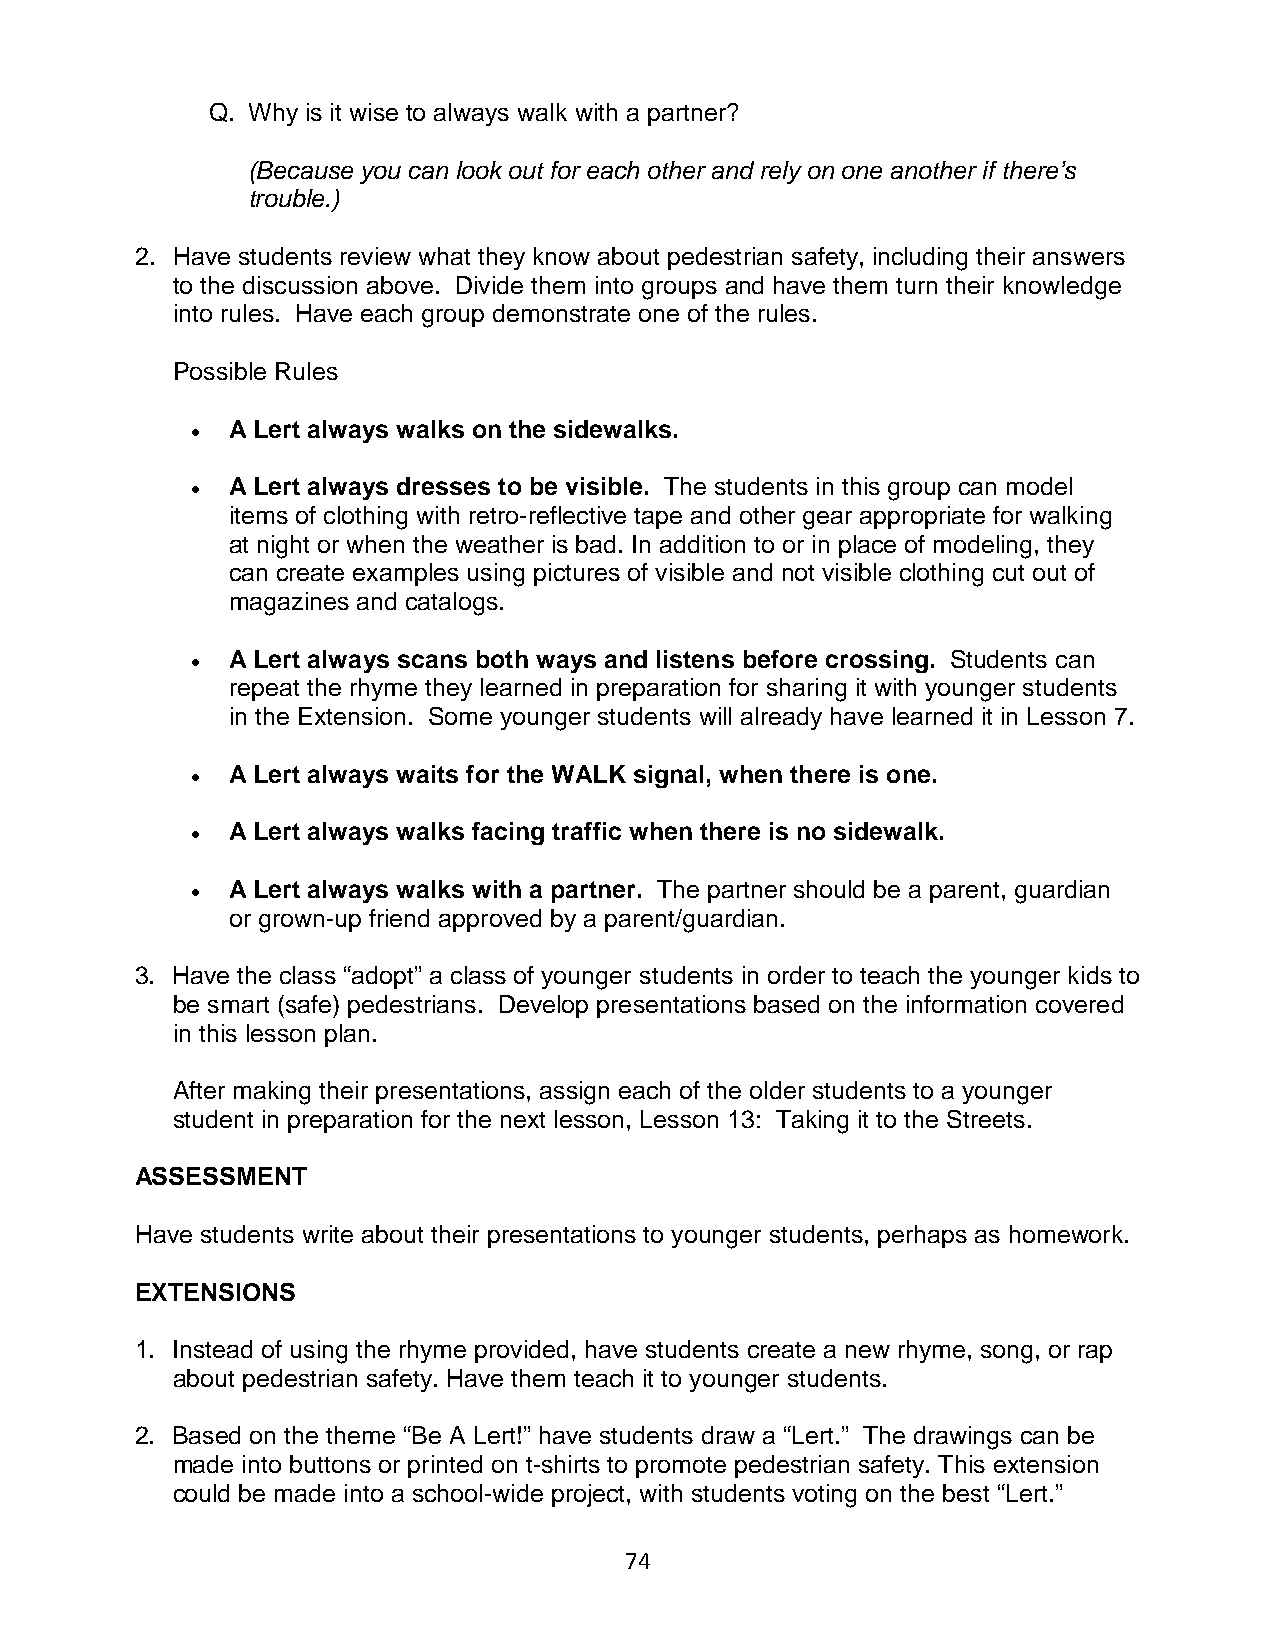
Q. Why is it wise to always walk with a partner?
 (Because you can look out for each other and rely on one another if there’s
 trouble.)
 2. Have students review what they know about pedestrian safety, including their answers
 to the discussion above. Divide them into groups and have them turn their knowledge
 into rules. Have each group demonstrate one of the rules.
 Possible Rules
 • A Lert always walks on the sidewalks.
 • A Lert always dresses to be visible. The students in this group can model
 items of clothing with retro-reflective tape and other gear appropriate for walking
 at night or when the weather is bad. In addition to or in place of modeling, they
 can create examples using pictures of visible and not visible clothing cut out of
 magazines and catalogs.
 • A Lert always scans both ways and listens before crossing. Students can
 repeat the rhyme they learned in preparation for sharing it with younger students
 in the Extension. Some younger students will already have learned it in Lesson 7.
 • A Lert always waits for the WALK signal, when there is one.
 • A Lert always walks facing traffic when there is no sidewalk.
 • A Lert always walks with a partner. The partner should be a parent, guardian
 or grown-up friend approved by a parent/guardian.
 3. Have the class “adopt” a class of younger students in order to teach the younger kids to
 be smart (safe) pedestrians. Develop presentations based on the information covered
 in this lesson plan.
 After making their presentations, assign each of the older students to a younger
 student in preparation for the next lesson, Lesson 13: Taking it to the Streets.
 ASSESSMENT
 Have students write about their presentations to younger students, perhaps as homework.
 EXTENSIONS
 1. Instead of using the rhyme provided, have students create a new rhyme, song, or rap
 about pedestrian safety. Have them teach it to younger students.
 2. Based on the theme “Be A Lert!” have students draw a “Lert.” The drawings can be
 made into buttons or printed on t-shirts to promote pedestrian safety. This extension
 could be made into a school-wide project, with students voting on the best “Lert.”
 74